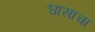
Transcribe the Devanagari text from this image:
श्वासाचा